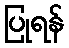
ပြုရန်